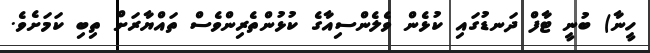
ހީނާ) ބުނީ ޓާފް ދަނޑުގައި ކުޅެން ވެލެންސިއާގެ ކުޅުންތެރިންވެސް ތައްޔާރަށް ތިބި ކަމަށެވެ.